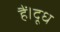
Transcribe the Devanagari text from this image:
हैं।दूध